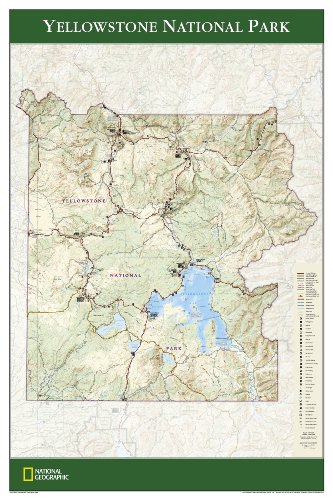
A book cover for Yellowstone National Park [Tubed] (National Geographic Reference Map); National Geographic Maps - Reference; Travel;